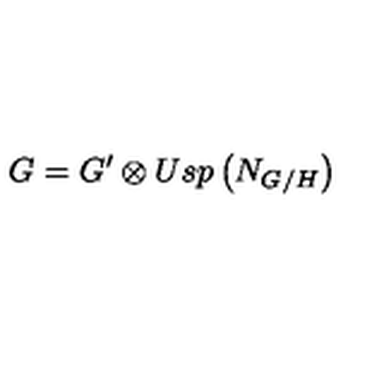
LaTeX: G = G ^ { \prime } \otimes U s p \left( N _ { G / H } \right)